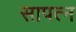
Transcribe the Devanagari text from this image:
सापत्‍न